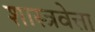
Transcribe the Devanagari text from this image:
शास्त्रवेत्ता